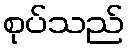
စုပ်သည်